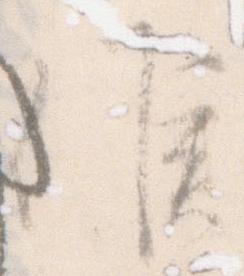
候